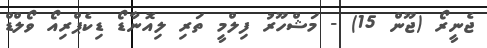
ޖެނީރޯ (ޖޫން 15) - މަޝްހޫރު ފިލްމީ ތަރި ލިއޮނާޑޯ ޑިކެޕްރިއޯ ވޯލްޑް